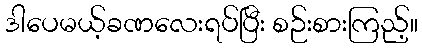
ဒါပေမယ့်ခဏလေးရပ်ပြီး စဉ်းစားကြည့်။